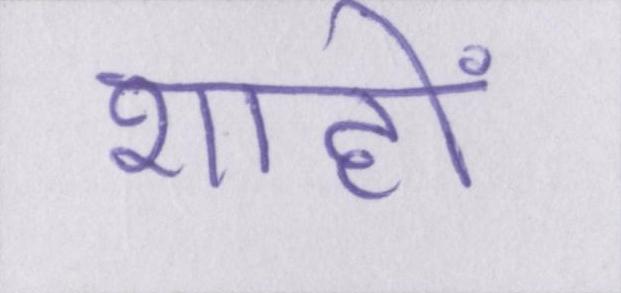
शाहों